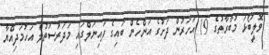
ވޮލީބޯޅަ މުބާރާތުގެ 19 އަހަރުން ދަށުގެ އަންހެން ބައިގެ ފައިނަލްގައި މަދަރުސަތުލް އަހުމަދިއްޔާ